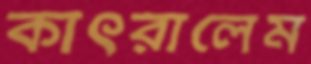
কাৎরালেম